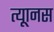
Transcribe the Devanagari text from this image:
त्यूानस